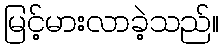
မြင့်မားလာခဲ့သည်။